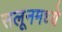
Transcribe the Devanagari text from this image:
सलूनमध्ये